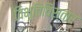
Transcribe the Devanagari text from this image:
विभूतिविस्तार